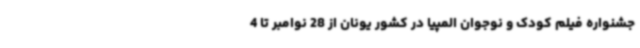
جشنواره فیلم کودک و نوجوان المپیا در کشور یونان از 28 نوامبر تا 4